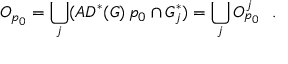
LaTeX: O _ { p _ { 0 } } = \bigcup _ { j } ( A D ^ { * } ( G ) \, p _ { 0 } \cap G _ { j } ^ { * } ) = \bigcup _ { j } O _ { p _ { 0 } } ^ { j } \ \ .